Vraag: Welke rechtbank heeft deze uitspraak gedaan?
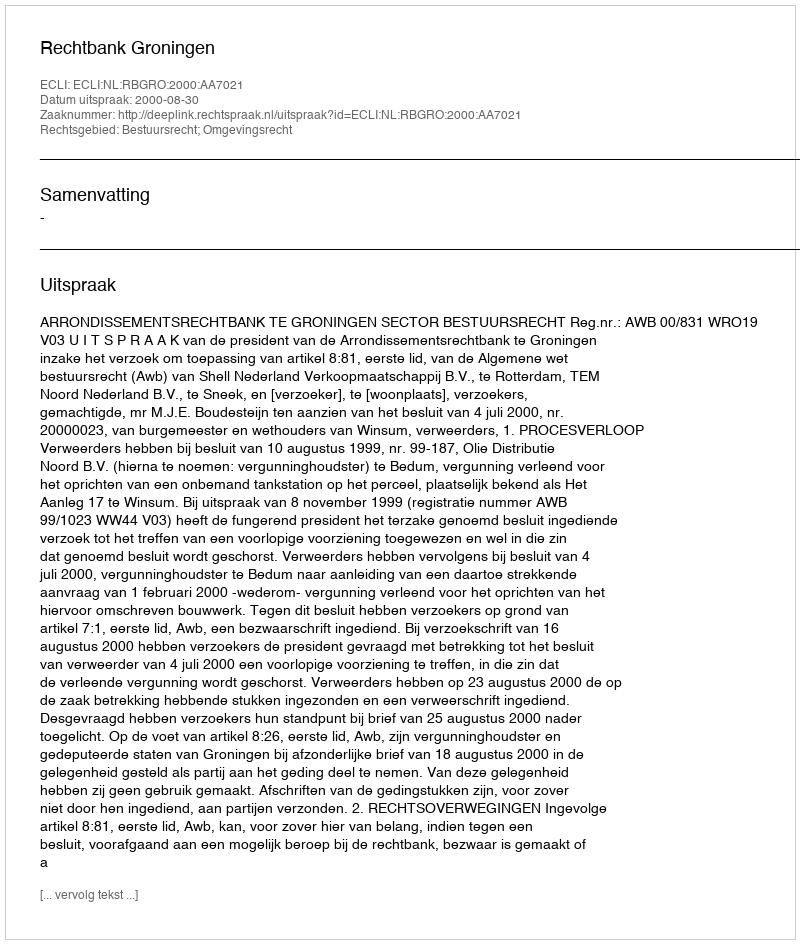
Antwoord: Rechtbank Groningen